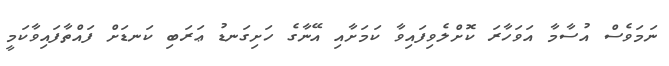
ނަމަވެސް އުސާމާ އަވަހާރަ ކޮށްލެވިފައިވާ ކަމަށާއި އޭނާގެ ހަށިގަނޑު ޢަރަބި ކަނޑަށް ފައްތާފައިވާކަމީ